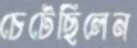
চেটেছিলেন